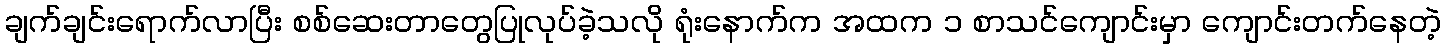
ချက်ချင်းရောက်လာပြီး စစ်ဆေးတာတွေပြုလုပ်ခဲ့သလို ရုံးနောက်က အထက ၁ စာသင်ကျောင်းမှာ ကျောင်းတက်နေတဲ့